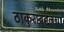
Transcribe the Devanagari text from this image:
ठाकुराबद्दलचा